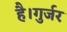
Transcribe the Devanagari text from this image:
है।गुर्जर